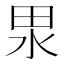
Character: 𭻅